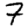
Digit: 7